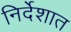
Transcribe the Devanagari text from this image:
निर्देशात